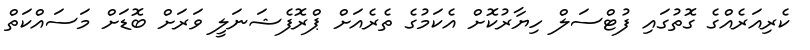
ކެރިއަރެއްގެ ގޮތުގައި ފުޓްސަލް ހިޔާރުކޮށް އެކަމުގެ ތެރެއަށް ޕްރޮފެޝަނަލީ ވަރަށް ބޮޑަށް މަސައްކަތް